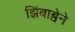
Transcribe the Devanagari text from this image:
झिंबाब्वेने